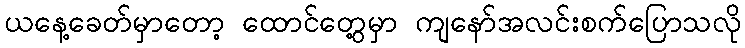
ယနေ့ခေတ်မှာတော့ ထောင်တွေ့မှာ ကျနော်အလင်းစက်ပြောသလို